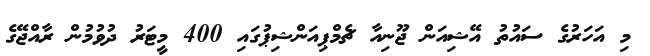
މި އަހަރުގެ ސައުތު އޭޝިއަން ޖޫނިއާ ޗެމްޕިއަންޝިޕުގައި 400 މީޓަރު ދުވުމުން ރާއްޖޭގެ